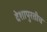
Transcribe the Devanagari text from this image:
देशापुरतीच